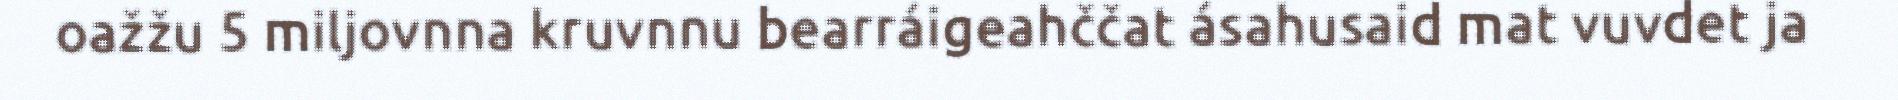
oažžu 5 miljovnna kruvnnu bearráigeahččat ásahusaid mat vuvdet ja